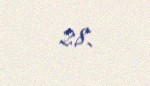
28.